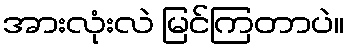
အားလုံးလဲ မြင်ကြတာပဲ။